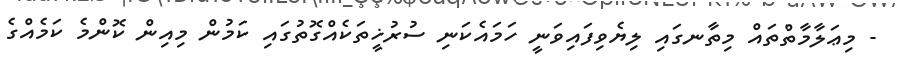
- މިޢަލާމާތްތައް މިތާނގައި ލިޔެވިފައިވަނީ ހަމައެކަނި ސުރުޚީތަކެއްގޮތުގައި ކަމުން މިއިން ކޮންމެ ކަމެއްގެ